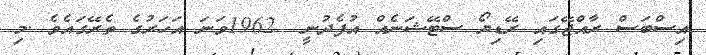
އިސްބަސް ރާއްޖޭގައި ރޭޑިޔޯ ސްޓޭޝަނެއް އުފެދުނީ  1962ވަނަ އަހަރުގެ ތެރޭގައެވެ .މި